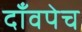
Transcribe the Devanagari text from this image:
दाँवपेच